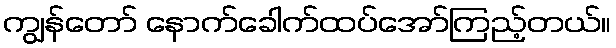
ကျွန်တော် နောက်ခေါက်ထပ်အော်ကြည့်တယ်။